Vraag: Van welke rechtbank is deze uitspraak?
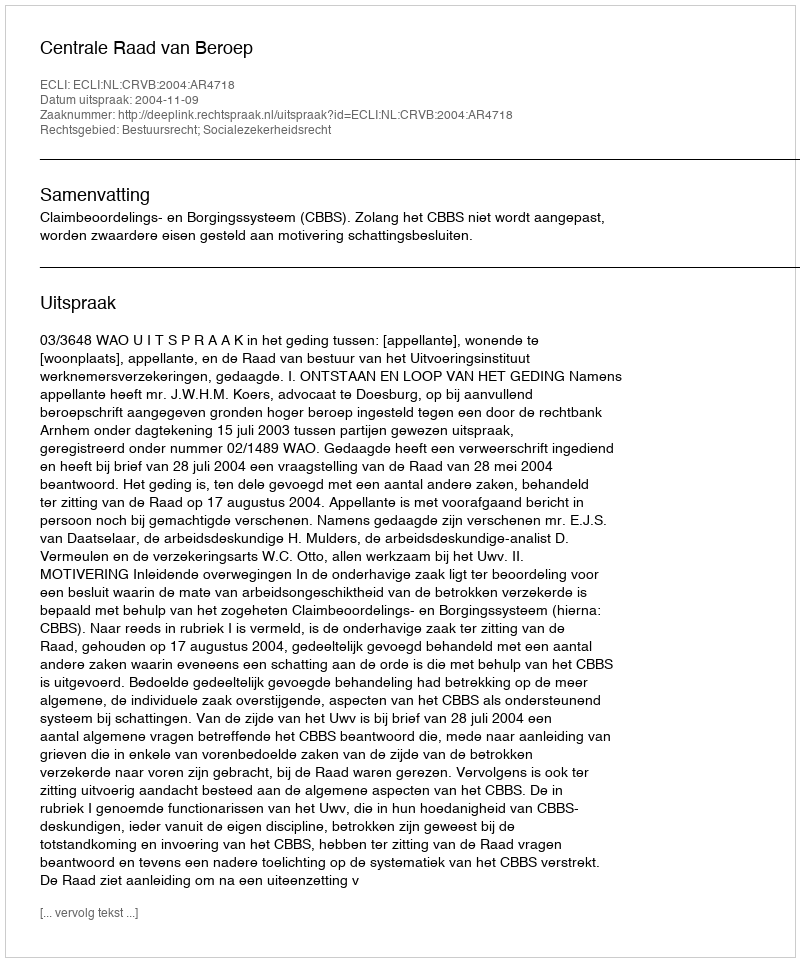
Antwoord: Centrale Raad van Beroep